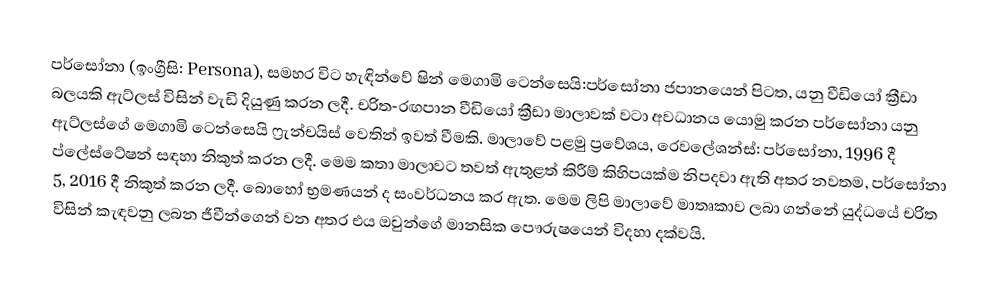
පර්සෝනා (ඉංග්‍රීසි: Persona), සමහර විට හැඳින්වේ ෂින් මෙගාමි ටෙන්සෙයි:පර්සෝනා ජපානයෙන් පිටත, යනු වීඩියෝ ක්‍රීඩා බලයකි ඇට්ලස් විසින් වැඩි දියුණු කරන ලදී. චරිත-රඟපාන වීඩියෝ ක්‍රීඩා මාලාවක් වටා අවධානය යොමු කරන පර්සෝනා යනු ඇට්ලස්ගේ මෙගාමි ටෙන්සෙයි ෆ්‍රැන්චයිස් වෙතින් ඉවත් වීමකි. මාලාවේ පළමු ප්‍රවේශය, රෙවලේශන්ස්: පර්සෝනා, 1996 දී ප්ලේස්ටේෂන් සඳහා නිකුත් කරන ලදී. මෙම කතා මාලාවට තවත් ඇතුළත් කිරීම් කිහිපයක්ම නිපදවා ඇති අතර නවතම, පර්සෝනා 5, 2016 දී නිකුත් කරන ලදී. බොහෝ භ්‍රමණයන් ද සංවර්ධනය කර ඇත. මෙම ලිපි මාලාවේ මාතෘකාව ලබා ගන්නේ යුද්ධයේ චරිත විසින් කැඳවනු ලබන ජීවීන්ගෙන් වන අතර එය ඔවුන්ගේ මානසික පෞරුෂයෙන් විදහා දක්වයි.